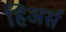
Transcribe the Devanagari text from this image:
हिअर्स